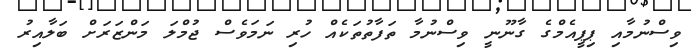
ވިސްނުމާއި ޕިޕީއެމްގެ ގާނޫނީ ވިސްނުމާ ތަފާތުތަކެއް ހުރި ނަމަވެސް ޖުމްލަ މަންޒަރަށް ބަލާއިރު